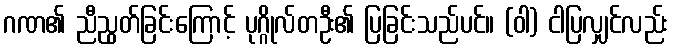
ဂဏ၏ ညီညွတ်ခြင်းကြောင့် ပုဂ္ဂိုလ်တဦး၏ ပြခြင်းသည်ပင်။ (ဝါ) ငါပြလျှင်လည်း